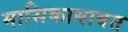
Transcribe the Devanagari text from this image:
मासिकाबाबत